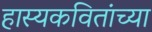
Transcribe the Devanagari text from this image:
हास्यकवितांच्या